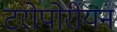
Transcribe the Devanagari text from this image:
टरोपोरीयन